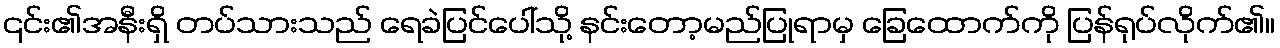
၎င်း၏အနီးရှိ တပ်သားသည် ရေခဲပြင်ပေါ်သို့ နင်းတော့မည်ပြုရာမှ ခြေထောက်ကို ပြန်ရုပ်လိုက်၏။